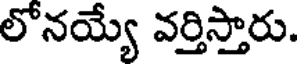
లోనయ్యే వర్తిస్తారు.